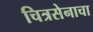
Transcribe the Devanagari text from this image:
चित्रसेनाचा